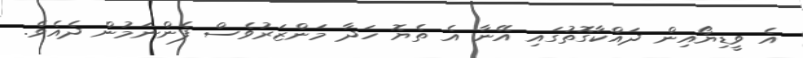
އެ ވީޑިޔޯއިން ދައްކާގޮތުގައި އޭނާ އެ ތެޔޮ ހަދާ މަންޒަރުވެސް ފެންނަމުން ދެއެވެ.